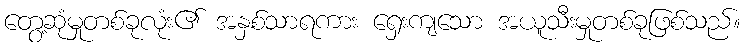
တွေ့ဆုံမှုတစ်ခုလုံး၏ အနှစ်သာရကား ရှေးကျသော အယူသီးမှုတစ်ခုဖြစ်သည်။